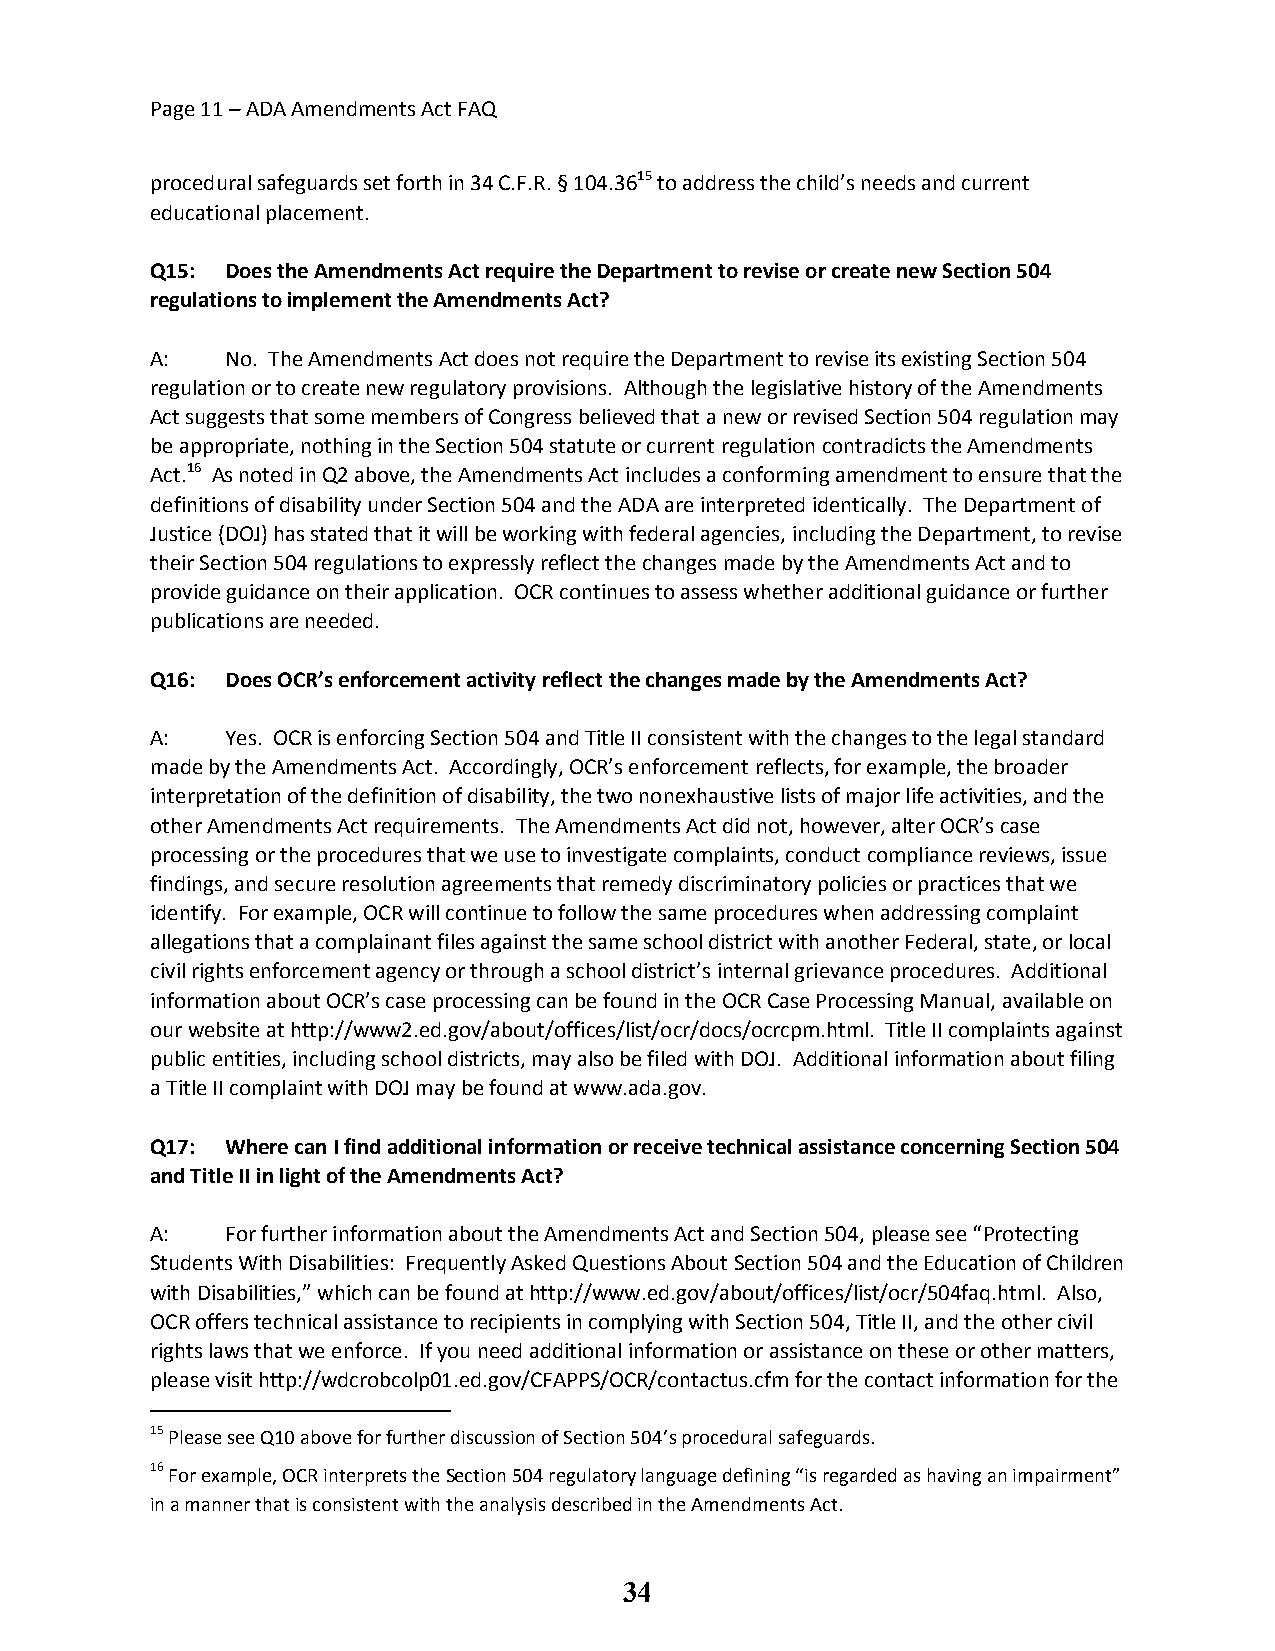
Page 11 – ADA Amendments Act FAQ
 procedural safeguards set forth in 34 C.F.R. § 104.3615 to address the child’s needs and current
 educational placement.
 Q15: Does the Amendments Act require the Department to revise or create new Section 504
 regulations to implement the Amendments Act?
 A:   No. The Amendments Act does not require the Department to revise its existing Section 504
 regulation or to create new regulatory provisions. Although the legislative history of the Amendments
 Act suggests that some members of Congress believed that a new or revised Section 504 regulation may
 be appropriate, nothing in the Section 504 statute or current regulation contradicts the Amendments
 Act.16 As noted in Q2 above, the Amendments Act includes a conforming amendment to ensure that the
 definitions of disability under Section 504 and the ADA are interpreted identically. The Department of
 Justice (DOJ) has stated that it will be working with federal agencies, including the Department, to revise
 their Section 504 regulations to expressly reflect the changes made by the Amendments Act and to
 provide guidance on their application. OCR continues to assess whether additional guidance or further
 publications are needed.
 Q16: Does OCR’s enforcement activity reflect the changes made by the Amendments Act?
 A:   Yes. OCR is enforcing Section 504 and Title II consistent with the changes to the legal standard
 made by the Amendments Act. Accordingly, OCR’s enforcement reflects, for example, the broader
 interpretation of the definition of disability, the two nonexhaustive lists of major life activities, and the
 other Amendments Act requirements. The Amendments Act did not, however, alter OCR’s case
 processing or the procedures that we use to investigate complaints, conduct compliance reviews, issue
 findings, and secure resolution agreements that remedy discriminatory policies or practices that we
 identify. For example, OCR will continue to follow the same procedures when addressing complaint
 allegations that a complainant files against the same school district with another Federal, state, or local
 civil rights enforcement agency or through a school district’s internal grievance procedures. Additional
 information about OCR’s case processing can be found in the OCR Case Processing Manual, available on
 our website at http://www2.ed.gov/about/offices/list/ocr/docs/ocrcpm.html. Title II complaints against
 public entities, including school districts, may also be filed with DOJ. Additional information about filing
 a Title II complaint with DOJ may be found at www.ada.gov.
 Q17: Where can I find additional information or receive technical assistance concerning Section 504
 and Title II in light of the Amendments Act?
 A:   For further information about the Amendments Act and Section 504, please see “Protecting
 Students With Disabilities: Frequently Asked Questions About Section 504 and the Education of Children
 with Disabilities,” which can be found at http://www.ed.gov/about/offices/list/ocr/504faq.html. Also,
 OCR offers technical assistance to recipients in complying with Section 504, Title II, and the other civil
 rights laws that we enforce. If you need additional information or assistance on these or other matters,
 please visit http://wdcrobcolp01.ed.gov/CFAPPS/OCR/contactus.cfm for the contact information for the
 15 Please see Q10 above for further discussion of Section 504’s procedural safeguards.
 16 For example, OCR interprets the Section 504 regulatory language defining “is regarded as having an impairment”
 in a manner that is consistent with the analysis described in the Amendments Act.
 34